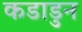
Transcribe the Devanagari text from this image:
कडाडुन